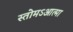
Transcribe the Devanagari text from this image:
स्तोमऽआत्मा